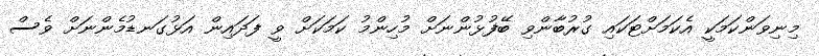
މިނިވަންކަމަކީ އެކަމަށްޓަކައި ގުރުބާންވި ބޭފުޅުންނަށް މުހިންމު ކަމަކަށް ވީ ފަދައިން އަޅުގަނޑުމެންނަށް ވެސް